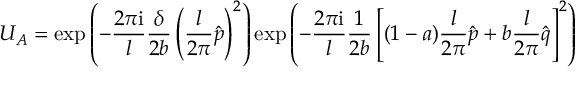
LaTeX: { \cal U } _ { \cal A } = \exp \left( - \frac { 2 \pi { \mathrm i } } { l } \frac { \delta } { 2 b } \left( \frac { l } { 2 \pi } \hat { p } \right) ^ { 2 } \right) \exp \left( - \frac { 2 \pi { \mathrm i } } { l } \frac { 1 } { 2 b } \left[ ( 1 - a ) \frac { l } { 2 \pi } \hat { p } + b \frac { l } { 2 \pi } \hat { q } \right] ^ { 2 } \right)